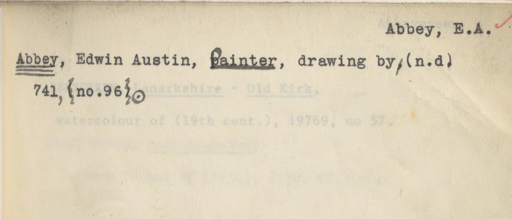
Label: content